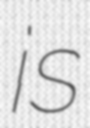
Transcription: is